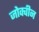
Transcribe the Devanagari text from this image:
जोक्वीन